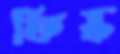
ফিস্ক